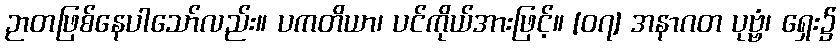
ဉာတဖြစ်နေပါသော်လည်း။ ပကတိယာ၊ ပင်ကိုယ်အားဖြင့်။ [၀၇] အနာဂတ ပုဗ္ဗံ၊ ရှေး၌